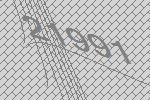
21991